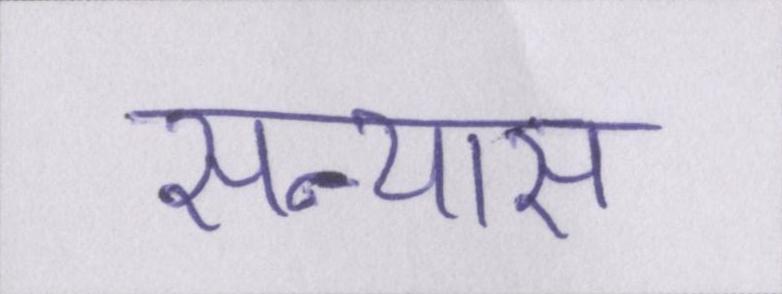
सन्यास